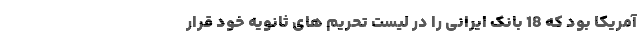
آمریکا بود که 18 بانک ایرانی را در لیست تحریم های ثانویه خود قرار